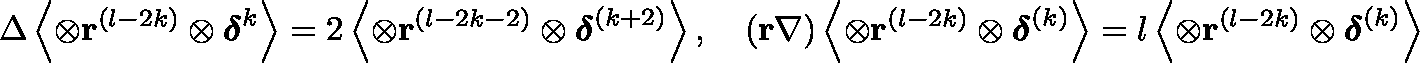
\Delta \left\langle \otimes \mathbf { r } ^ { ( l - 2 k ) } \otimes { \mathsf { \boldsymbol { \delta } } } ^ { k } \right\rangle = 2 \left\langle \otimes \mathbf { r } ^ { ( l - 2 k - 2 ) } \otimes { \mathsf { \boldsymbol { \delta } } } ^ { ( k + 2 ) } \right\rangle , \quad ( \mathbf { r } \mathbf { \nabla } ) \left\langle \otimes \mathbf { r } ^ { ( l - 2 k ) } \otimes { \mathsf { \boldsymbol { \delta } } } ^ { ( k ) } \right\rangle = l \left\langle \otimes \mathbf { r } ^ { ( l - 2 k ) } \otimes { \mathsf { \boldsymbol { \delta } } } ^ { ( k ) } \right\rangle